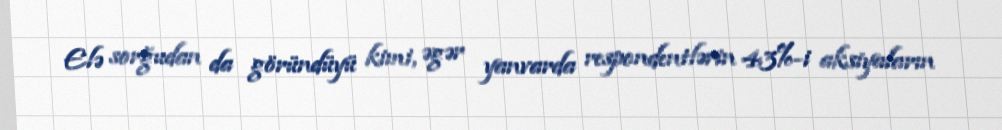
Elə sorğudan da göründüyü kimi, əgər yanvarda respondentlərin 43%-i aksiyaların